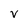
Character: v